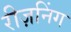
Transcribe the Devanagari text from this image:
रीज़निंग